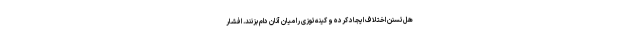
هل‌تسنن اختلاف ایجاد کرده و کینه‌توزی را میان آنان دام بزنند. افشار